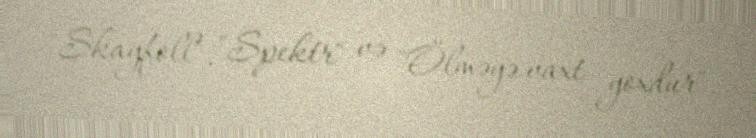
"Skayfoll", "Spektr" və "Ölməyə vaxt yoxdur".